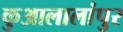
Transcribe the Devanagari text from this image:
कुआलालांपुर